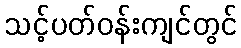
သင့်ပတ်ဝန်းကျင်တွင်